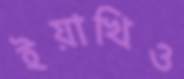
ইয়াখিও